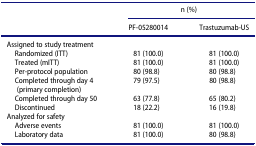
|  | <COLSPAN=2> n (%) |
 |  | PF-05280014 | Trastuzumab-US |
 | --- | --- | --- |
 | Assigned to study treatment |  |  |
 | Randomized (ITT) | 81 (100.0) | 81 (100.0) |
 | Treated (mITT) | 81 (100.0) | 81 (100.0) |
 | Per-protocol population | 80 (98.8) | 80 (98.8) |
 | Completed through day 4 (primary completion) | 79 (97.5) | 80 (98.8) |
 | Completed through day 50 | 63 (77.8) | 65 (80.2) |
 | Discontinued | 18 (22.2) | 16 (19.8) |
 | Analyzed for safety |  |  |
 | Adverse events | 81 (100.0) | 81 (100.0) |
 | Laboratory data | 81 (100.0) | 80 (98.8) |